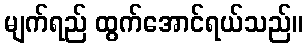
မျက်ရည် ထွက်အောင်ရယ်သည်။